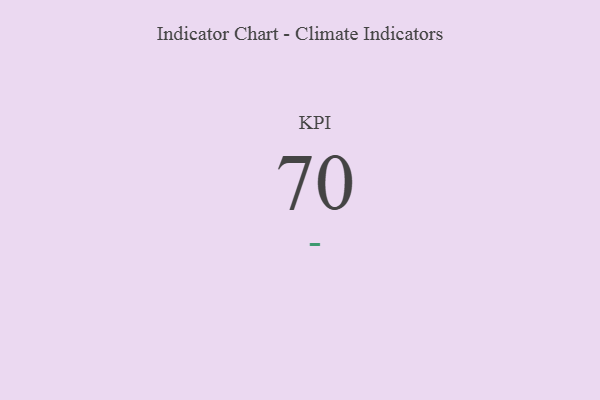
{"axis": {"x": "KPI", "y": "Value"}, "legend": [""], "data": [{"x": "KPI", "y": 70, "type": ""}]}